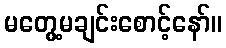
မတွေ့မချင်းစောင့်နော်။